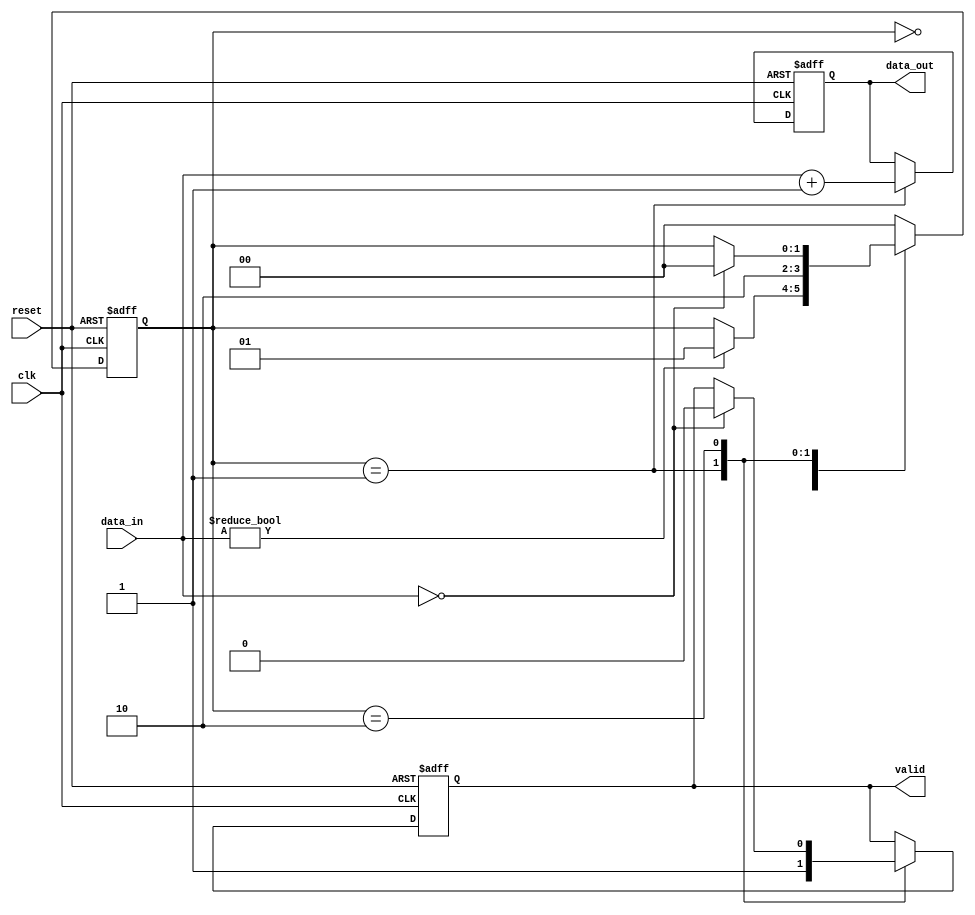
module behavioral_model (
    input wire clk,
    input wire reset,
    input wire [3:0] data_in,
    output reg [3:0] data_out,
    output reg valid
);

    // State variable
    reg [1:0] state;

    // Task to process data
    task process_data;
        input [3:0] input_data;
        begin
            // Simulate some processing delay
            #5; // 5-time unit delay
            data_out <= input_data + 1; // Example operation: increment input data
            valid <= 1'b1; // Set valid signal
        end
    endtask

    // Continuous assignment block
    always @(posedge clk or posedge reset) begin
        if (reset) begin
            data_out <= 4'b0000; // Reset output
            valid <= 1'b0; // Reset valid signal
            state <= 2'b00; // Reset state
        end else begin
            case (state)
                2'b00: begin
                    // Idle state, wait for data
                    if (data_in != 4'b0000) begin
                        state <= 2'b01; // Transition to processing state
                    end
                end
                2'b01: begin
                    // Call the task to process data
                    process_data(data_in);
                    state <= 2'b10; // Transition to done state
                end
                2'b10: begin
                    // Done state, wait for next input
                    if (data_in == 4'b0000) begin
                        valid <= 1'b0; // Clear valid signal
                        state <= 2'b00; // Transition back to idle state
                    end
                end
                default: state <= 2'b00; // Default to idle state
            endcase
        end
    end

endmodule